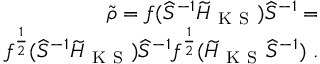
\begin{array} { r } { \widetilde \rho = f ( \widehat { S } ^ { - 1 } \widetilde { H } _ { \mathrm { ~ K ~ S ~ } } ) \widehat { S } ^ { - 1 } = } \\ { f ^ { \frac { 1 } { 2 } } ( \widehat { S } ^ { - 1 } \widetilde { H } _ { \mathrm { ~ K ~ S ~ } } ) \widehat { S } ^ { - 1 } f ^ { \frac { 1 } { 2 } } ( \widetilde { H } _ { \mathrm { ~ K ~ S ~ } } \widehat { S } ^ { - 1 } ) ~ . } \end{array}